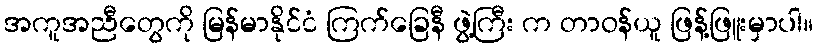
အကူအညီတွေကို မြန်မာနိုင်ငံ ကြက်ခြေနီ ဖွဲ့ကြီး က တာဝန်ယူ ဖြန့်ဖြူးမှာပါ။